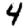
Digit: 4